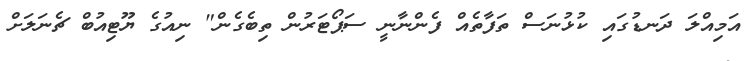
އަމިއްލަ ދަނޑުގައި ކުޅުނަސް ތަފާތެއް ފެންނާނީ ސަޕޯޓަރުން ތިބެގެން" ނިއުގެ ޔޫޓިއުބް ޗެނަލަށް